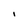
Character: I